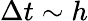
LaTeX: \Delta t\sim h